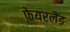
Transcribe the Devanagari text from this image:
फ़ेयरलैंड